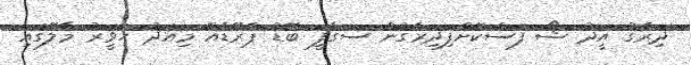
ދިރާގު އީދު ޝޯ ފަސްކޮށްފިދިރާގުން ސަގާފީ ބޮޑު ޕެރޭޑެއް މިއަދު ހަވީރު މާލޭގައި